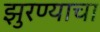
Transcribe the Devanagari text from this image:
झुरण्याचा